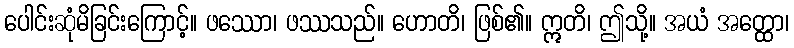
ပေါင်းဆုံမိခြင်းကြောင့်။ ဖဿော၊ ဖဿသည်။ ဟောတိ၊ ဖြစ်၏။ ဣတိ၊ ဤသို့။ အယံ အတ္ထော၊